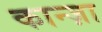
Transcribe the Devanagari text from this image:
कान्ज़ा